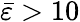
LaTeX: \bar{\varepsilon}>10